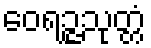
ဝေရဉ္ဇသုတ္တံ